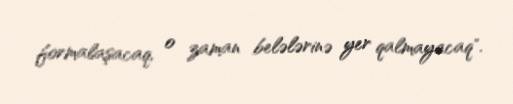
formalaşacaq, o zaman belələrinə yer qalmayacaq".